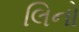
લિનો